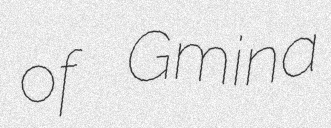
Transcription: of Gmina